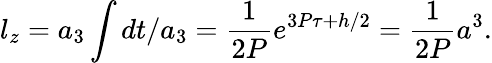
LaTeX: l_{z}=a_{3}\int dt/a_{3}=\frac{1}{2P}e^{3P\tau+h/2}=\frac{1}{2P}a^{3}.